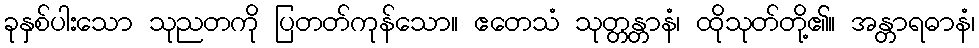
ခုနှစ်ပါးသော သုညတကို ပြတတ်ကုန်သော။ ဧတေသံ သုတ္တန္တာနံ၊ ထိုသုတ်တို့၏။ အန္တာရဓာနံ၊